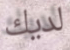
لديك